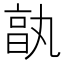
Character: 𠅩